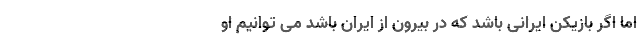
اما اگر بازیکن ایرانی باشد که در بیرون از ایران باشد می توانیم او